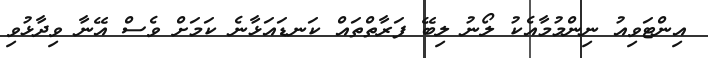
އިންޓަވިއު ނިންމުމާއެކު ލޯނު ލިބޭ ފަރާތްތައް ކަނޑައަޅާނެ ކަމަށް ވެސް އޭނާ ވިދާޅުވި